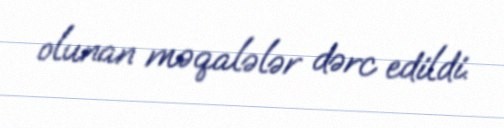
olunan məqalələr dərc edildi.